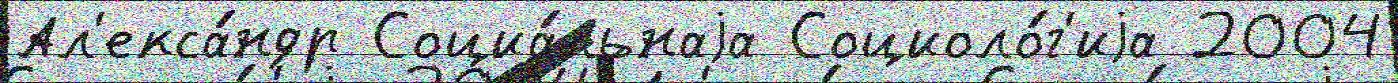
Ал'екса́ндр Социа́льнаjа Социоло́г'иjа 2004